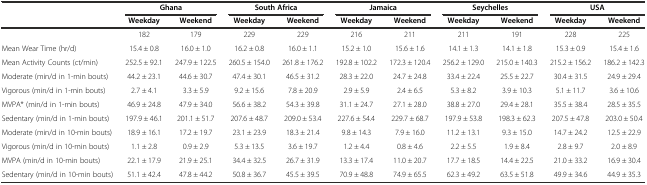
<table><thead><tr><td></td><td colspan="2"><b>Ghana</b></td><td colspan="2"><b>South Africa</b></td><td colspan="2"><b>Jamaica</b></td><td colspan="2"><b>Seychelles</b></td><td colspan="2"><b>USA</b></td></tr><tr><td></td><td><b>Weekday</b></td><td><b>Weekend</b></td><td><b>Weekday</b></td><td><b>Weekend</b></td><td><b>Weekday</b></td><td><b>Weekend</b></td><td><b>Weekday</b></td><td><b>Weekend</b></td><td><b>Weekday</b></td><td><b>Weekend</b></td></tr></thead><tbody><tr><td></td><td>182</td><td>179</td><td>229</td><td>229</td><td>216</td><td>211</td><td>211</td><td>191</td><td>228</td><td>225</td></tr><tr><td>Mean Wear Time (hr/d)</td><td>15.4 ± 0.8</td><td>16.0 ± 1.0</td><td>16.2 ± 0.8</td><td>16.0 ± 1.1</td><td>15.2 ± 1.0</td><td>15.6 ± 1.6</td><td>14.1 ± 1.3</td><td>14.1 ± 1.8</td><td>15.3 ± 0.9</td><td>15.4 ± 1.6</td></tr><tr><td>Mean Activity Counts (ct/min)</td><td>252.5 ± 92.1</td><td>247.9 ± 122.5</td><td>260.5 ± 154.0</td><td>261.8 ± 176.2</td><td>192.8 ± 102.2</td><td>172.3 ± 120.4</td><td>256.2 ± 129.0</td><td>215.0 ± 140.3</td><td>215.2 ± 156.2</td><td>186.2 ± 142.3</td></tr><tr><td>Moderate (min/d in 1-min bouts)</td><td>44.2 ± 23.1</td><td>44.6 ± 30.7</td><td>47.4 ± 30.1</td><td>46.5 ± 31.2</td><td>28.3 ± 22.0</td><td>24.7 ± 24.8</td><td>33.4 ± 22.4</td><td>25.5 ± 22.7</td><td>30.4 ± 31.5</td><td>24.9 ± 29.4</td></tr><tr><td>Vigorous (min/d in 1-min bouts)</td><td>2.7 ± 4.1</td><td>3.3 ± 5.9</td><td>9.2 ± 15.6</td><td>7.8 ± 20.9</td><td>2.9 ± 5.9</td><td>2.4 ± 6.5</td><td>5.3 ± 8.2</td><td>3.9 ± 10.3</td><td>5.1 ± 11.7</td><td>3.6 ± 10.6</td></tr><tr><td>MVPA* (min/d in 1-min bouts)</td><td>46.9 ± 24.8</td><td>47.9 ± 34.0</td><td>56.6 ± 38.2</td><td>54.3 ± 39.8</td><td>31.1 ± 24.7</td><td>27.1 ± 28.0</td><td>38.8 ± 27.0</td><td>29.4 ± 28.1</td><td>35.5 ± 38.4</td><td>28.5 ± 35.5</td></tr><tr><td>Sedentary (min/d in 1-min bouts)</td><td>197.9 ± 46.1</td><td>201.1 ± 51.7</td><td>207.6 ± 48.7</td><td>209.0 ± 53.4</td><td>227.6 ± 54.4</td><td>229.7 ± 68.7</td><td>197.9 ± 53.8</td><td>198.3 ± 62.3</td><td>207.5 ± 47.8</td><td>203.0 ± 50.4</td></tr><tr><td>Moderate (min/d in 10-min bouts)</td><td>18.9 ± 16.1</td><td>17.2 ± 19.7</td><td>23.1 ± 23.9</td><td>18.3 ± 21.4</td><td>9.8 ± 14.3</td><td>7.9 ± 16.0</td><td>11.2 ± 13.1</td><td>9.3 ± 15.0</td><td>14.7 ± 24.2</td><td>12.5 ± 22.9</td></tr><tr><td>Vigorous (min/d in 10-min bouts)</td><td>1.1 ± 2.8</td><td>0.9 ± 2.9</td><td>5.3 ± 13.5</td><td>3.6 ± 19.7</td><td>1.2 ± 4.4</td><td>0.8 ± 4.6</td><td>2.2 ± 5.5</td><td>1.9 ± 8.4</td><td>2.8 ± 9.7</td><td>2.0 ± 8.9</td></tr><tr><td>MVPA (min/d in 10-min bouts)</td><td>22.1 ± 17.9</td><td>21.9 ± 25.1</td><td>34.4 ± 32.5</td><td>26.7 ± 31.9</td><td>13.3 ± 17.4</td><td>11.0 ± 20.7</td><td>17.7 ± 18.5</td><td>14.4 ± 22.5</td><td>21.0 ± 33.2</td><td>16.9 ± 30.4</td></tr><tr><td>Sedentary (min/d in 10-min bouts)</td><td>51.1 ± 42.4</td><td>47.8 ± 44.2</td><td>50.8 ± 36.7</td><td>45.5 ± 39.5</td><td>70.9 ± 48.8</td><td>74.9 ± 65.5</td><td>62.3 ± 49.2</td><td>63.5 ± 51.8</td><td>49.9 ± 34.6</td><td>44.9 ± 35.3</td></tr></tbody></table>